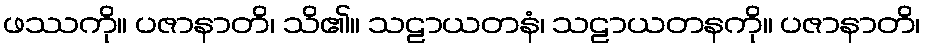
ဖဿကို။ ပဇာနာတိ၊ သိ၏။ သဠာယတနံ၊ သဠာယတနကို။ ပဇာနာတိ၊